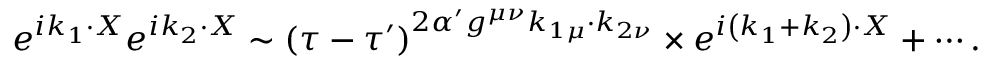
e ^ { i k _ { 1 } \cdot X } e ^ { i k _ { 2 } \cdot X } \sim \left( \tau - \tau ^ { \prime } \right) ^ { 2 \alpha ^ { \prime } g ^ { \mu \nu } k _ { 1 \mu } \cdot k _ { 2 \nu } } \times e ^ { i \left( k _ { 1 } + k _ { 2 } \right) \cdot X } + \cdots .